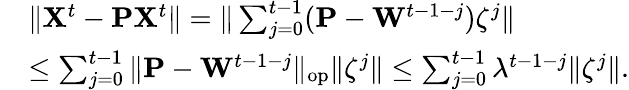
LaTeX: \begin{array}{rl}&{\| {\mathbf X}^{t}-{\mathbf P}{\mathbf X}^{t}\| =\| \sum_{j=0}^{t-1}({\mathbf P}-{\mathbf W}^{t-1-j}){\mathbf\zeta}^{j}\| }\\ &{\leq\sum_{j=0}^{t-1}\| {\mathbf P}-{\mathbf W}^{t-1-j}\| _{\textrm{op}}\| {\mathbf\zeta}^{j}\| \leq\sum_{j=0}^{t-1}\lambda^{t-1-j}\| {\mathbf\zeta}^{j}\| .}\end{array}